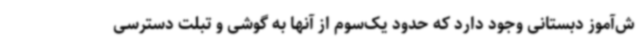
ش‌آموز دبستانی وجود دارد که حدود یک‌سوم از آنها به گوشی و تبلت دسترسی